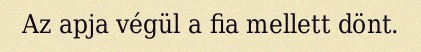
Az apja végül a fia mellett dönt.